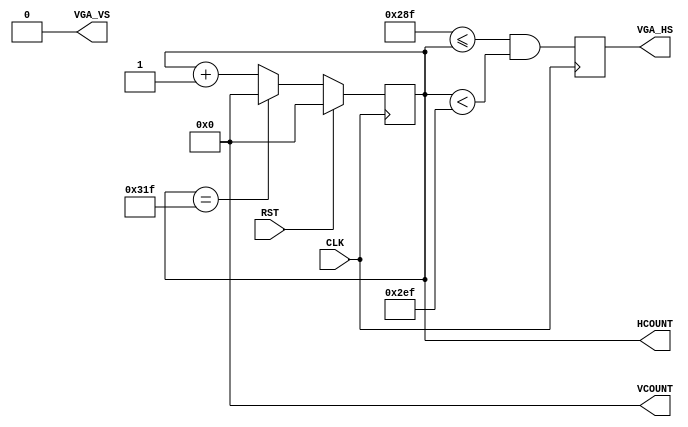
module SYNC(CLK, RST, VGA_HS, VGA_VS, HCOUNT, VCOUNT);
  input CLK;
  input RST;
  output reg VGA_HS = 1'd0;
  output reg VGA_VS = 1'd0;
  output reg [9:0] HCOUNT = 10'd0;
  output reg [9:0] VCOUNT = 10'd0;

  // (parameter)
  parameter hdisplay = 10'd640;
  parameter hborder1 = 10'd8;
  parameter hfront_poarch = 10'd8;
  parameter hsync = 10'd96;
  parameter hborder2 = 10'd8;
  parameter hback_poarch = 10'd40;

  localparam start_hsync = hdisplay + hborder1 + hfront_poarch; // 640 + 8 + 8, 3
  localparam end_hsync = start_hsync + hsync; // 640 + 8 + 8 + 96, 5
  localparam max_hcount = end_hsync + hback_poarch + hborder2; // 640 + 8 + 8 + 96 + 40 + 8, 7

  // 0. 01
  always @(posedge CLK) begin
    VGA_HS <= (start_hsync - 10'd1 <= HCOUNT && HCOUNT < end_hsync - 10'd1);
    if(RST)
      HCOUNT <= 10'b0;
    else if(HCOUNT == max_hcount - 10'd1)
      HCOUNT <= 10'b0;
    else
      HCOUNT <= HCOUNT + 10'b1;
  end
endmodule